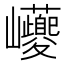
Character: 𡿟